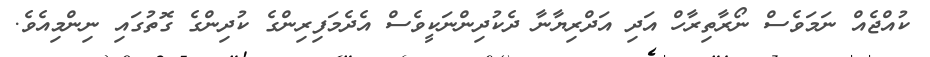
ކުއްޖެއް ނަމަވެސް ނޯރާތިރާހް އަދި އަދްރިޔާނާ ދެކުދިންނަކީވެސް އެދެމަފިރިންގެ ކުދިންގެ ގޮތުގައި ނިންމިއެވެ.